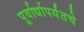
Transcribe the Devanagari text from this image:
पूर्वार्धापर्यंतचे